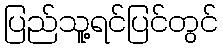
ပြည်သူ့ရင်ပြင်တွင်